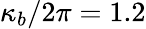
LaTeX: \kappa_{b}/2\pi=1.2